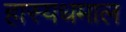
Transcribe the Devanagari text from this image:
हास्यधमाल